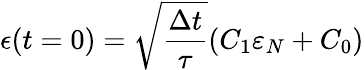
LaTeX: \epsilon(t=0)=\sqrt{\frac{\Delta t}{\tau}}(C_{1}\varepsilon_{N}+C_{0})